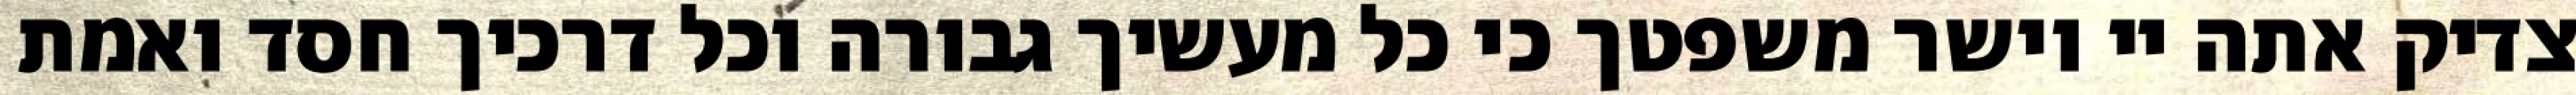
צדיק אתה יי וישר משפטך כי כל מעשיך גבורה וכל דרכיך חסד ואמת